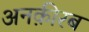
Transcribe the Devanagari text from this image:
अनक़ीरब